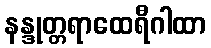
နန္ဒုတ္တရာထေရီဂါထာ